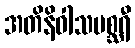
အတိနိဝါသမစ္ဆရီ